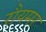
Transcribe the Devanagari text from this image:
रौयमर